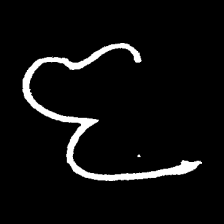
Pyu character \u2014 Myanmar letter: ဇ (romanized: ja)